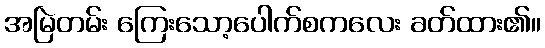
အမြဲတမ်း ကြေးသော့ပေါက်စကလေး ခတ်ထား၏။